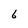
Character: 6